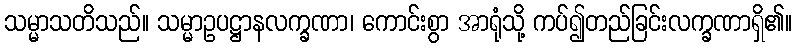
သမ္မာသတိသည်။ သမ္မာဥပဋ္ဌာနလက္ခဏာ၊ ကောင်းစွာ အာရုံသို့ ကပ်၍တည်ခြင်းလက္ခဏာရှိ၏။